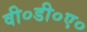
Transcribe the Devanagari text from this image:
वी०डी०ए०